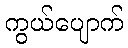
ကွယ်ပျောက်